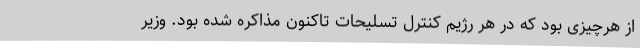
از هرچیزی بود که در هر رژیم کنترل تسلیحات تاکنون مذاکره شده بود. وزیر